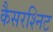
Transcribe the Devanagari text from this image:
कैसरश्निट